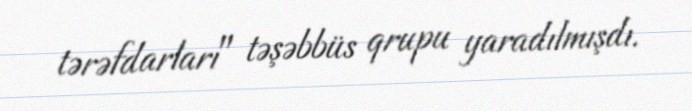
tərəfdarları" təşəbbüs qrupu yaradılmışdı.